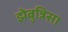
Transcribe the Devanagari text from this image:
झेबुन्निसा